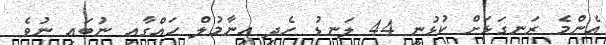
އެންމެ ރަނގަޅަށް ކުޅުނީ 44 ލަނޑު ހެދި އިނާމުލް ހައްގާއި ނުބައި ނުވެ